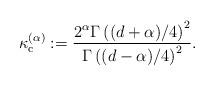
LaTeX: \begin{align*} \kappa_{\rm c}^{(\alpha)} := \frac{2^{\alpha} \Gamma \left((d+\alpha)/4\right)^2}{\Gamma \left((d-\alpha)/4\right)^2}.\end{align*}